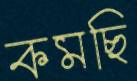
কমছি